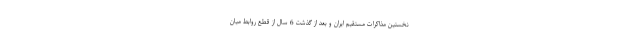
نخستین مذاکرات مستقیم ایران و بعد از گذشت 6 سال از قطع روابط میان